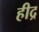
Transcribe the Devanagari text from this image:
हीद्र